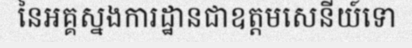
នៃអគ្គស្នងការដ្ឋានជាឧត្តមសេនីយ៍ទោ